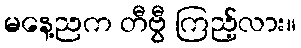
မနေ့ညက တီဗွီ ကြည့်လား။